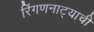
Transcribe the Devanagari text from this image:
रिंगणनाट्याची